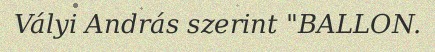
Vályi András szerint "BALLON.